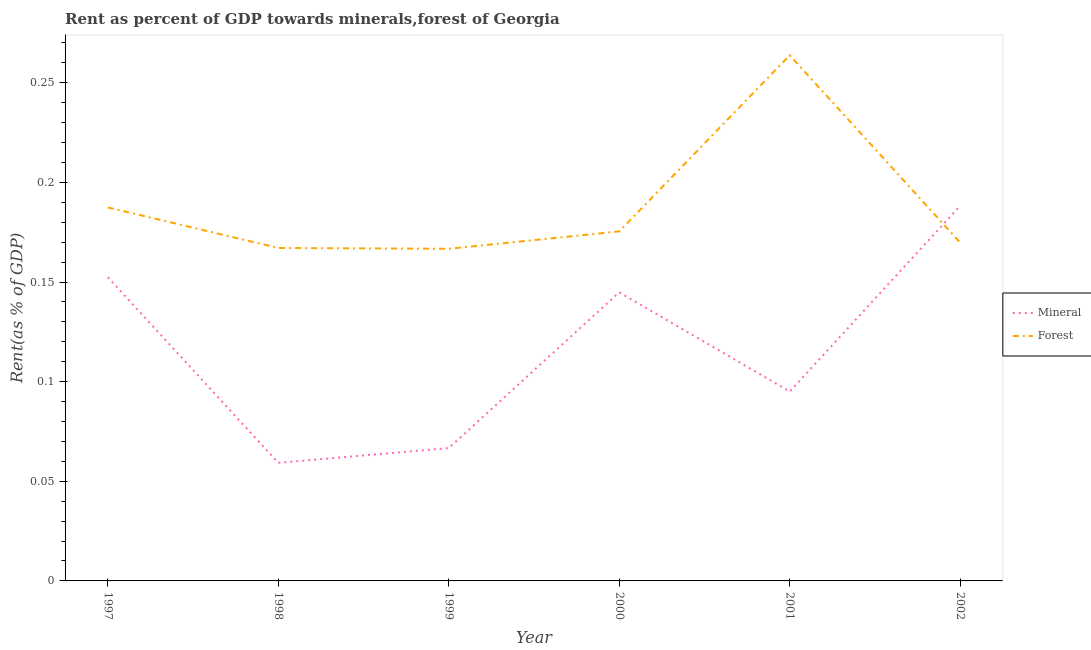
| Year | Mineral | Forest |
 | --- | --- | --- |
 | 1997 | 0.152 | 0.187 |
 | 1998 | 0.0593 | 0.167 |
 | 1999 | 0.0667 | 0.167 |
 | 2000 | 0.145 | 0.175 |
 | 2001 | 0.095 | 0.264 |
 | 2002 | 0.188 | 0.17 |